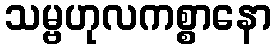
သမ္ဗဟုလကစ္စာနော